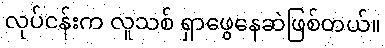
လုပ်ငန်းက လူသစ် ရှာဖွေနေဆဲဖြစ်တယ်။